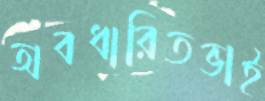
অবধারিতভাই